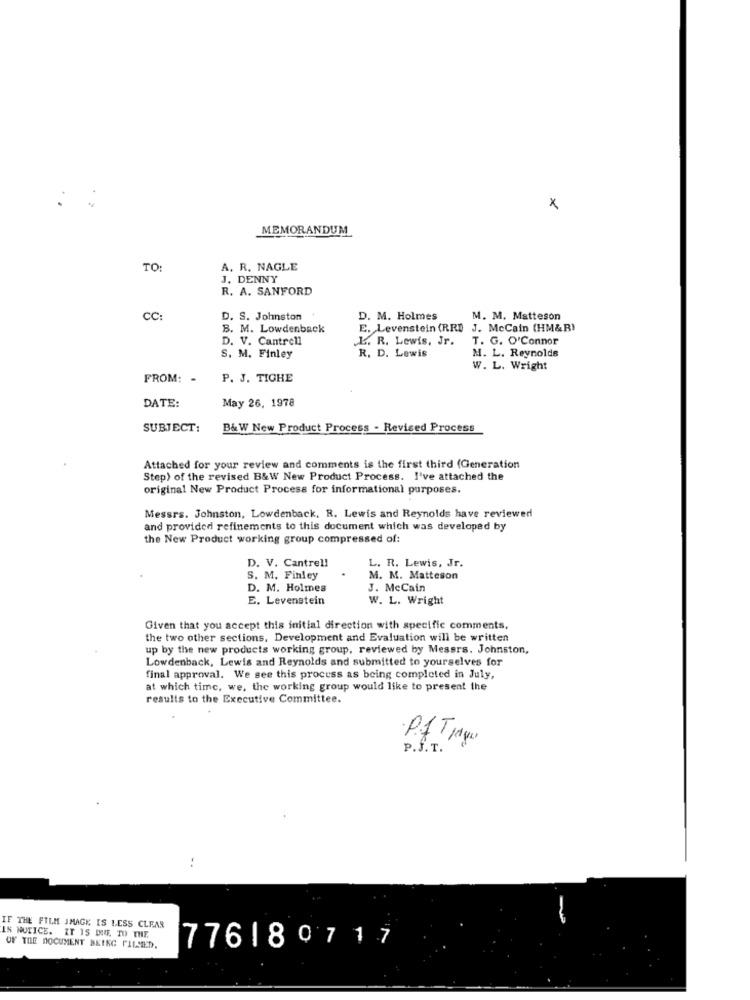
x
MEMORANDUM
TO:
A. R. NAGLE
J. DENNY
R. A. SANFORD
CC:
D. S. Johnston
D. M. Holmes
M. M. Matteson
B. M. Lowdenback
E. Levenstein (RRD
J. McCain (HM&R)
D. V. Cantrell
L. R. Lewis, Jr.
T. G. O'Connor
R. D. Lewis
S. M. Finley
M. L. Reynolds
W. L. Wright
FROM: -
P. J. TIGHE
DATE:
May 26, 1978
SUBJECT:
B&W New Product Process - Revised Process
Attached for your review and comments is the first third (Generation
Step) of the revised B&W New Product Process. I've attached the
original New Product Process for informational purposes.
Messrs. Johnston, Lowdenback, R. Lewis and Reynolds have reviewed
and provided refinements to this document which was developed by
the New Product working group compressed of:
D. V. Cantrel!
L. R. Lewis, Jr.
S. M. Finley
M. M. Matteson
D. M. Holmes
J. McCain
E. Levenstein
W. L. Wright
Given that you accept this initial direction with specific comments,
the two other sections, Development and Evaluation will be written
up by the new products working group, reviewed by Messrs. Johnston,
Lowdenback, Lewis and Reynolds and submitted to yourselves for
final approval. We see this process as being completed in July,
at which time, we, the working group would like to present the
results to the Executive Committee.
. P.1TIqu
P.f.T.
IF THE FILM JMAGE IS LESS CLEAR
IS NUTICE. IT IS DIE. TO THE
776180717
OF THE DOCUMENT BEING FILSED.